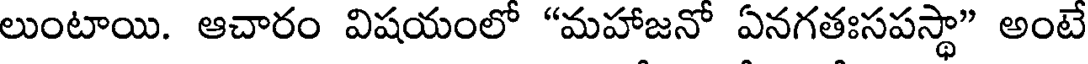
లుంటాయి. ఆచారం విషయంలో "మహాజనో ఏనగతఃసపస్థా" అంటే